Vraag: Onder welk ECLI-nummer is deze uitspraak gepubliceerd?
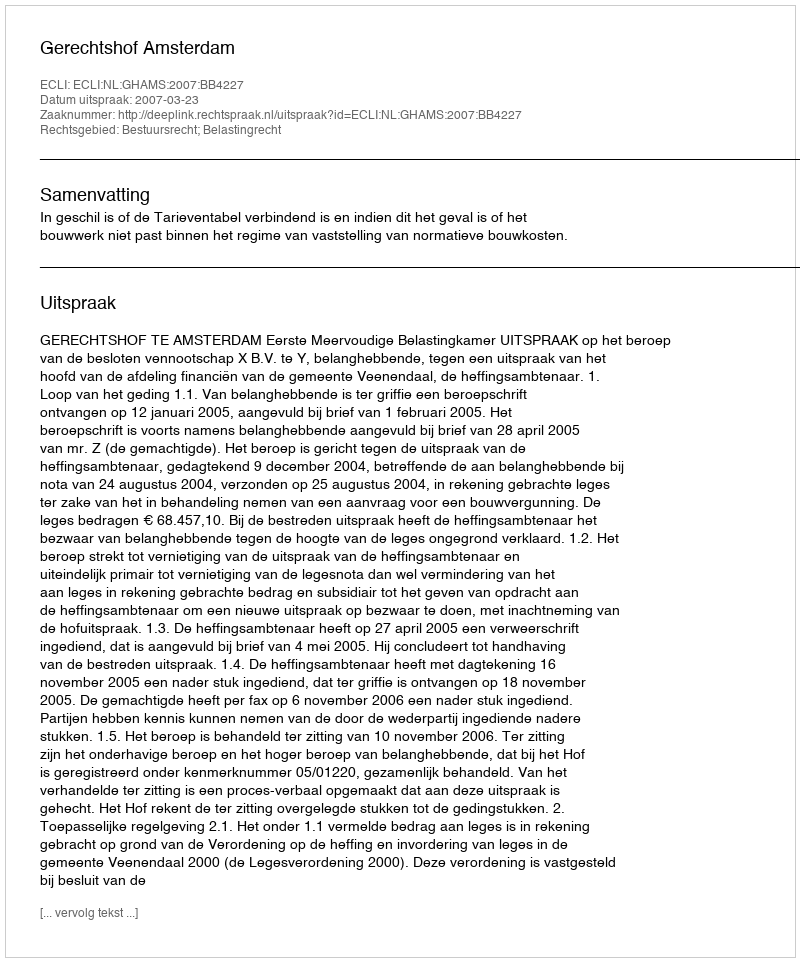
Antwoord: ECLI:NL:GHAMS:2007:BB4227